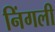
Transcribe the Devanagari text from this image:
निंगली